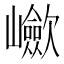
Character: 𡾴